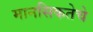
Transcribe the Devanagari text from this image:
मानसिकतेचे